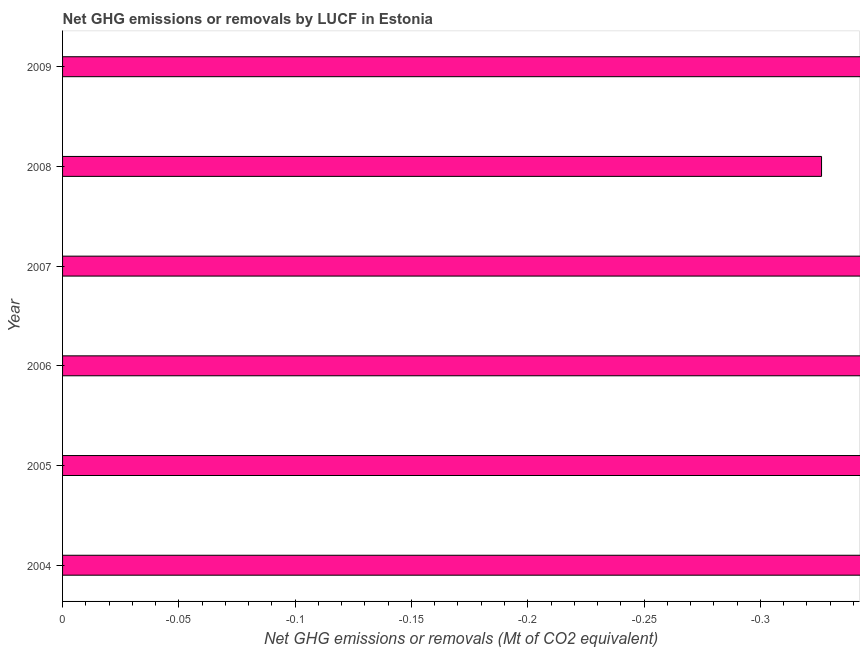
| Year | GHG net emissions or removals |
 | --- | --- |
 | 2004 | -5.71 |
 | 2005 | -8.67 |
 | 2006 | -1.58 |
 | 2007 | -13.7 |
 | 2008 | -0.326 |
 | 2009 | -7.03 |